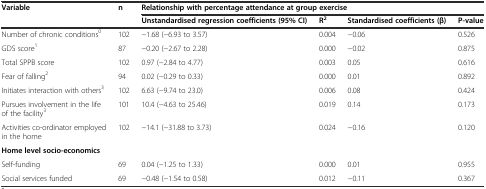
<table><thead><tr><td rowspan="2"><b>Variable</b></td><td rowspan="2"><b>n</b></td><td colspan="4"><b>Relationship with percentage attendance at group exercise</b></td></tr><tr><td><b>Unstandardised regression coefficients (95% CI)</b></td><td><b>R<sup>2</sup></b></td><td><b>Standardised coefficients (β)</b></td><td><b>P-value</b></td></tr></thead><tbody><tr><td>Number of chronic conditions<sup>0</sup></td><td>102</td><td>−1.68 (−6.93 to 3.57)</td><td>0.004</td><td>−0.06</td><td>0.526</td></tr><tr><td>GDS score<sup>1</sup></td><td>87</td><td>−0.20 (−2.67 to 2.28)</td><td>0.000</td><td>−0.02</td><td>0.875</td></tr><tr><td>Total SPPB score</td><td>102</td><td>0.97 (−2.84 to 4.77)</td><td>0.003</td><td>0.05</td><td>0.616</td></tr><tr><td>Fear of falling<sup>2</sup></td><td>94</td><td>0.02 (−0.29 to 0.33)</td><td>0.000</td><td>0.01</td><td>0.892</td></tr><tr><td>Initiates interaction with others<sup>3</sup></td><td>102</td><td>6.63 (−9.74 to 23.0)</td><td>0.006</td><td>0.08</td><td>0.424</td></tr><tr><td>Pursues involvement in the life of the facility<sup>3</sup></td><td>101</td><td>10.4 (−4.63 to 25.46)</td><td>0.019</td><td>0.14</td><td>0.173</td></tr><tr><td>Activities co-ordinator employed in the home</td><td>102</td><td>−14.1 (−31.88 to 3.73)</td><td>0.024</td><td>−0.16</td><td>0.120</td></tr><tr><td><b>Home level socio-economics</b></td><td>[EMPTY_CELL]</td><td>[EMPTY_CELL]</td><td>[EMPTY_CELL]</td><td>[EMPTY_CELL]</td><td>[EMPTY_CELL]</td></tr><tr><td>Self-funding</td><td>69</td><td>0.04 (−1.25 to 1.33)</td><td>0.000</td><td>0.01</td><td>0.955</td></tr><tr><td>Social services funded</td><td>69</td><td>−0.48 (−1.54 to 0.58)</td><td>0.012</td><td>−0.11</td><td>0.367</td></tr></tbody></table>